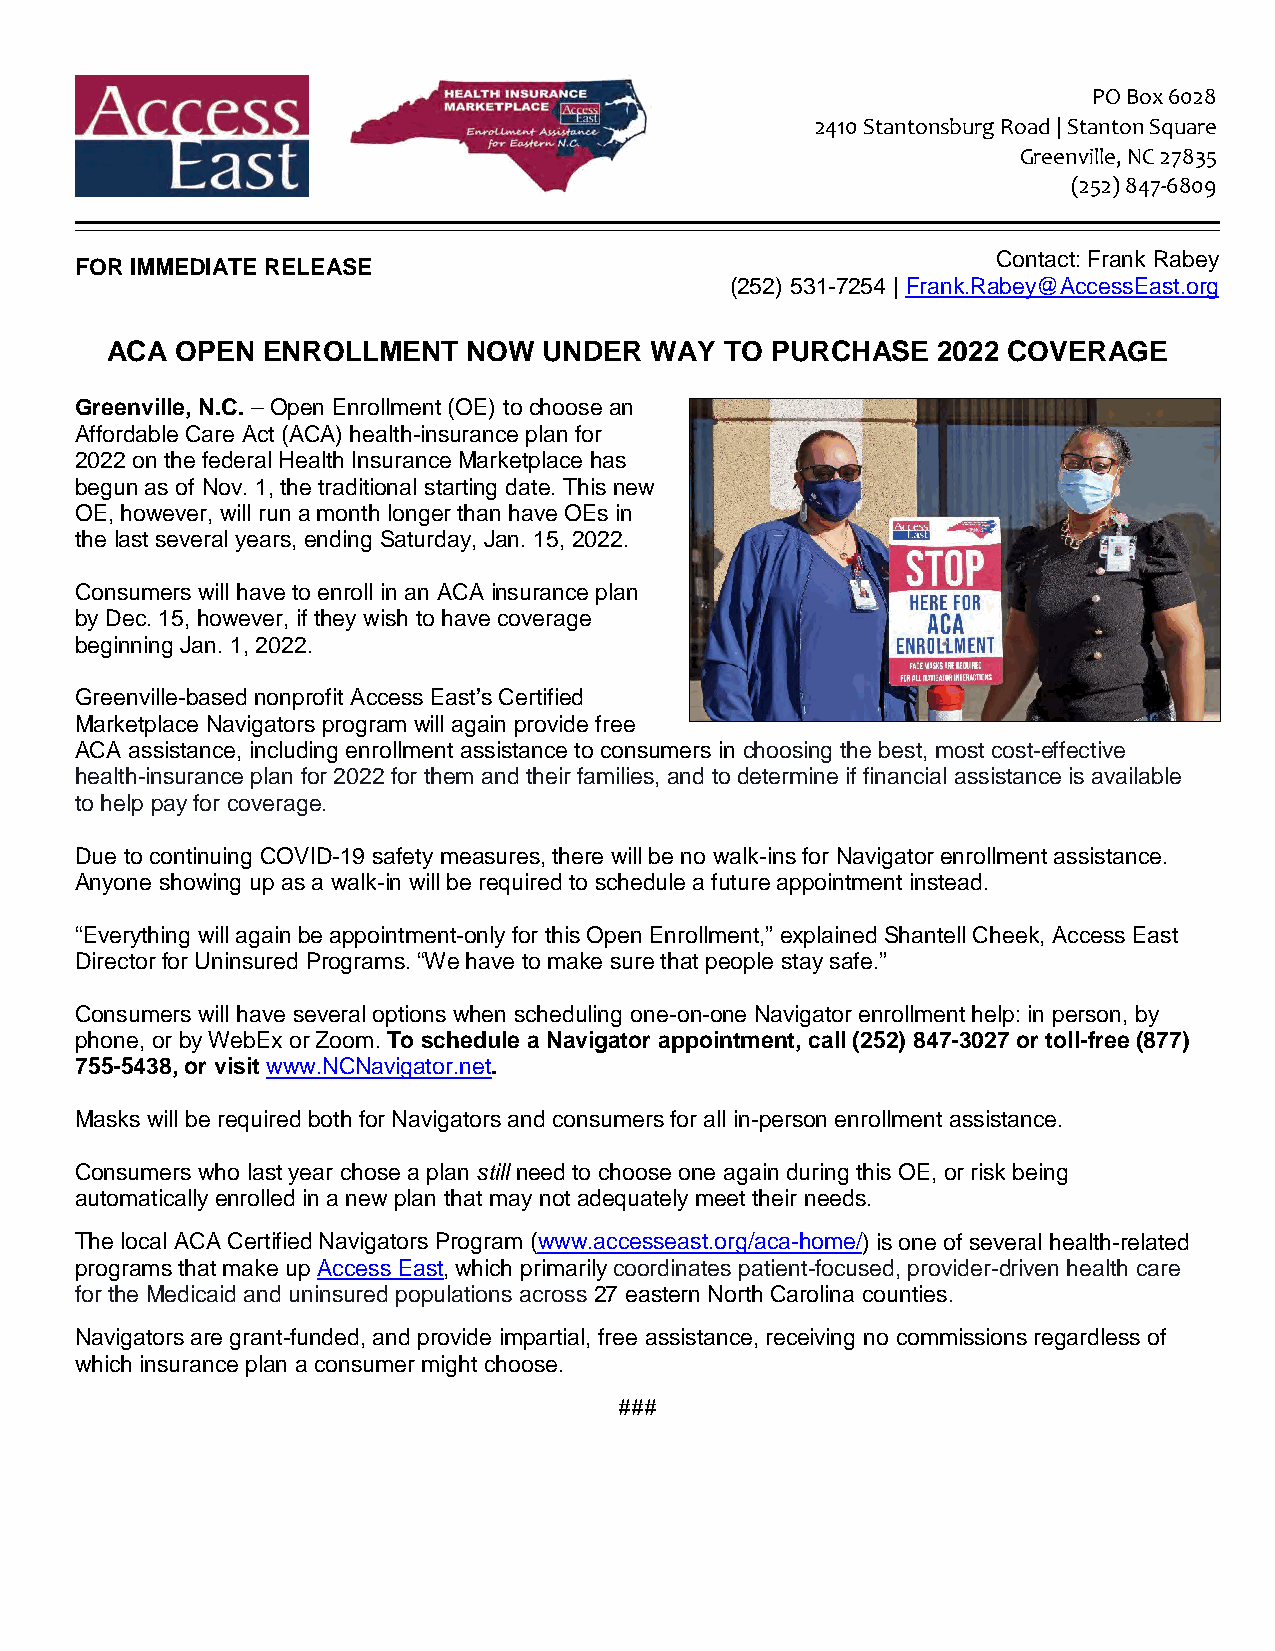
PO Box 6028
 2410 Stantonsburg Road | Stanton Square
 Greenville, NC 27835
 (252) 847-6809
 Contact: Frank Rabey
 FOR IMMEDIATE RELEASE
 (252) 531-7254 | Frank.Rabey@AccessEast.org
 ACA  OPEN ENROLLMENT    NOW  UNDER  WAY  TO PURCHASE   2022 COVERAGE
 Greenville, N.C. – Open Enrollment (OE) to choose an
 Affordable Care Act (ACA) health-insurance plan for
 2022 on the federal Health Insurance Marketplace has
 begun as of Nov. 1, the traditional starting date. This new
 OE, however, will run a month longer than have OEs in
 the last several years, ending Saturday, Jan. 15, 2022.
 Consumers will have to enroll in an ACA insurance plan
 by Dec. 15, however, if they wish to have coverage
 beginning Jan. 1, 2022.
 Greenville-based nonprofit Access East’s Certified
 Marketplace Navigators program will again provide free
 ACA assistance, including enrollment assistance to consumers in choosing the best, most cost-effective
 health-insurance plan for 2022 for them and their families, and to determine if financial assistance is available
 to help pay for coverage.
 Due to continuing COVID-19 safety measures, there will be no walk-ins for Navigator enrollment assistance.
 Anyone showing up as a walk-in will be required to schedule a future appointment instead.
 “Everything will again be appointment-only for this Open Enrollment,” explained Shantell Cheek, Access East
 Director for Uninsured Programs. “We have to make sure that people stay safe.”
 Consumers will have several options when scheduling one-on-one Navigator enrollment help: in person, by
 phone, or by WebEx or Zoom. To schedule a Navigator appointment, call (252) 847-3027 or toll-free (877)
 755-5438, or visit www.NCNavigator.net.
 Masks will be required both for Navigators and consumers for all in-person enrollment assistance.
 Consumers who last year chose a plan still need to choose one again during this OE, or risk being
 automatically enrolled in a new plan that may not adequately meet their needs.
 The local ACA Certified Navigators Program (www.accesseast.org/aca-home/) is one of several health-related
 programs that make up Access East, which primarily coordinates patient-focused, provider-driven health care
 for the Medicaid and uninsured populations across 27 eastern North Carolina counties.
 Navigators are grant-funded, and provide impartial, free assistance, receiving no commissions regardless of
 which insurance plan a consumer might choose.
 ###